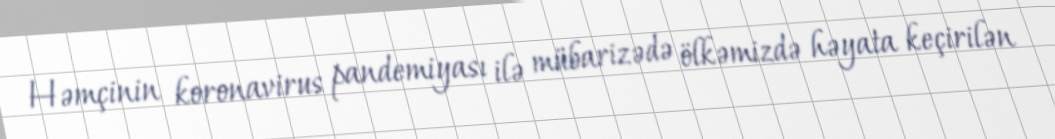
Həmçinin koronavirus pandemiyası ilə mübarizədə ölkəmizdə həyata keçirilən